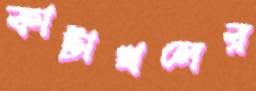
কাটাখলের